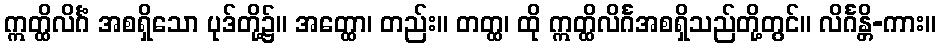
ဣတ္ထိလိင်္ဂံ အစရှိသော ပုဒ်တို့၌။ အတ္ထော၊ တည်း။ တတ္ထ၊ ထို ဣတ္ထိလိင်္ဂအစရှိသည်တို့တွင်။ လိင်္ဂန္တိ-ကား။